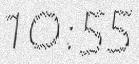
10:55